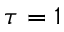
\tau = 1